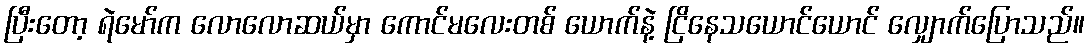
ပြီးတော့ ရဲမော်က လောလောဆယ်မှာ ကောင်မလေးတစ် ယောက်နဲ့ ငြိနေသယောင်ယောင် လျှောက်ပြောသည်။